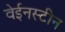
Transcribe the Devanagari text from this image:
वेईनस्टीन